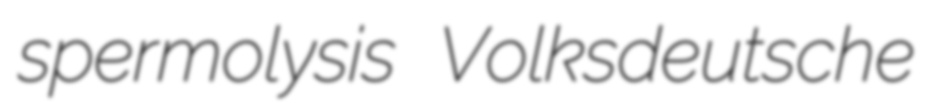
spermolysis Volksdeutsche